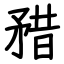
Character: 矠